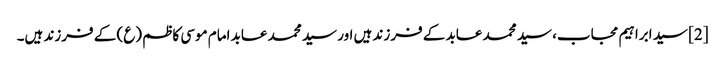
[2] سید ابراہیم مجاب، سید محمد عابد کے فرزند ہیں اور سید محمد عابد امام موسی کاظم (ع) کے فرزند ہیں۔